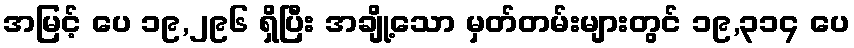
အမြင့် ပေ ၁၉,၂၉၆ ရှိပြီး အချို့သော မှတ်တမ်းများတွင် ၁၉,၃၁၄ ပေ